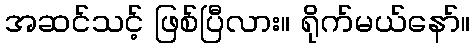
အဆင်သင့် ဖြစ်ပြီလား။ ရိုက်မယ်နော်။